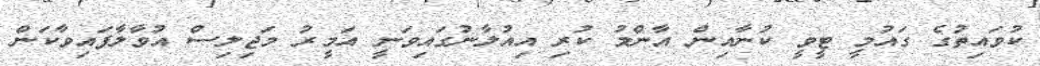
ކުވައިތުގެ ގައުމީ ޓީވީ ކުނާއިން އާންމު ކުރި އިއުލާނުގައިވަނީ އަމީރު މަޖިލިސް އުވާލާފައިވާކަން